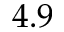
4 . 9